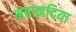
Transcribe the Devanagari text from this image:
महानदिया